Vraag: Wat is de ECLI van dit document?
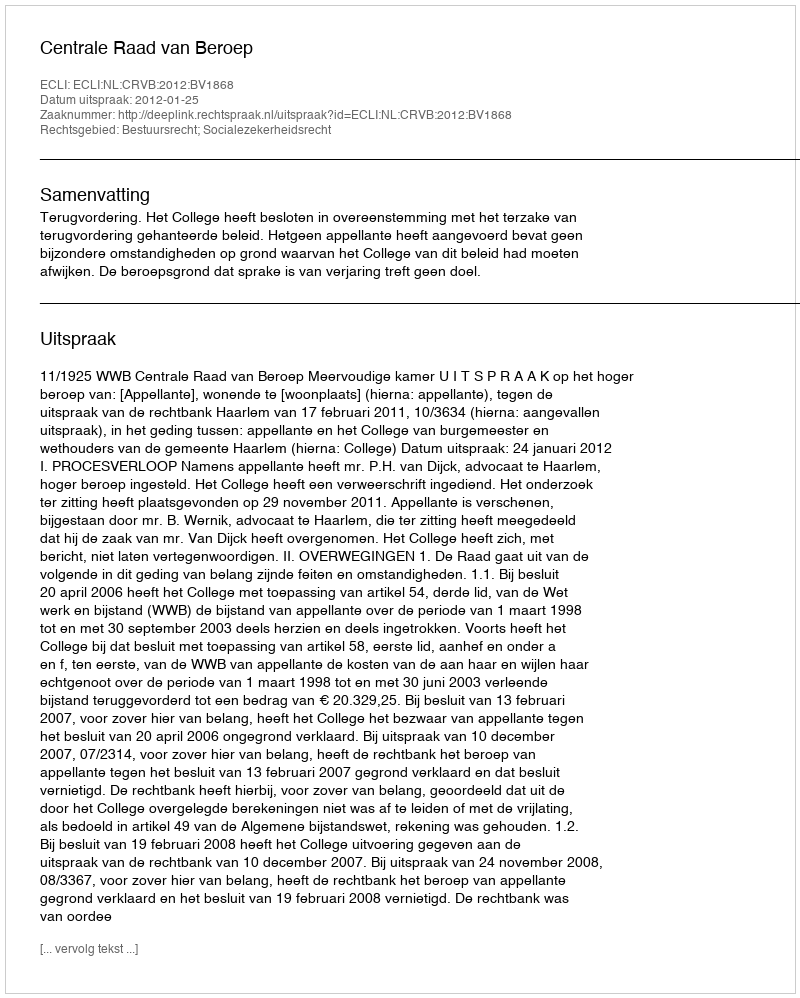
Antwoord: ECLI:NL:CRVB:2012:BV1868